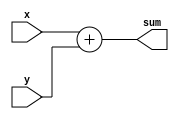
module top_module (
    input [3:0] x,
    input [3:0] y, 
    output [4:0] sum);
    assign sum=x+y;
endmodule